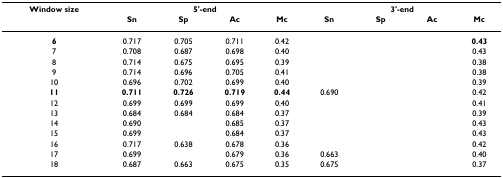
<table><thead><tr><td><b>Window size</b></td><td colspan="4"><b>5'-end</b></td><td colspan="4"><b>3'-end</b></td></tr><tr><td>[EMPTY_CELL]</td><td><b>Sn</b></td><td><b>Sp</b></td><td><b>Ac</b></td><td><b>Mc</b></td><td><b>Sn</b></td><td><b>Sp</b></td><td><b>Ac</b></td><td><b>Mc</b></td></tr></thead><tbody><tr><td><b>6</b></td><td>0.717</td><td>0.705</td><td>0.711</td><td>0.42</td><td>[EMPTY_CELL]</td><td>[EMPTY_CELL]</td><td>[EMPTY_CELL]</td><td><b>0.43</b></td></tr><tr><td>7</td><td>0.708</td><td>0.687</td><td>0.698</td><td>0.40</td><td>[EMPTY_CELL]</td><td>[EMPTY_CELL]</td><td>[EMPTY_CELL]</td><td>0.43</td></tr><tr><td>8</td><td>0.714</td><td>0.675</td><td>0.695</td><td>0.39</td><td>[EMPTY_CELL]</td><td>[EMPTY_CELL]</td><td>[EMPTY_CELL]</td><td>0.38</td></tr><tr><td>9</td><td>0.714</td><td>0.696</td><td>0.705</td><td>0.41</td><td>[EMPTY_CELL]</td><td>[EMPTY_CELL]</td><td>[EMPTY_CELL]</td><td>0.38</td></tr><tr><td>10</td><td>0.696</td><td>0.702</td><td>0.699</td><td>0.40</td><td>[EMPTY_CELL]</td><td>[EMPTY_CELL]</td><td>[EMPTY_CELL]</td><td>0.39</td></tr><tr><td><b>11</b></td><td><b>0.711</b></td><td><b>0.726</b></td><td><b>0.719</b></td><td><b>0.44</b></td><td>0.690</td><td>[EMPTY_CELL]</td><td>[EMPTY_CELL]</td><td>0.42</td></tr><tr><td>12</td><td>0.699</td><td>0.699</td><td>0.699</td><td>0.40</td><td>[EMPTY_CELL]</td><td>[EMPTY_CELL]</td><td>[EMPTY_CELL]</td><td>0.41</td></tr><tr><td>13</td><td>0.684</td><td>0.684</td><td>0.684</td><td>0.37</td><td>[EMPTY_CELL]</td><td>[EMPTY_CELL]</td><td>[EMPTY_CELL]</td><td>0.39</td></tr><tr><td>14</td><td>0.690</td><td>[EMPTY_CELL]</td><td>0.685</td><td>0.37</td><td>[EMPTY_CELL]</td><td>[EMPTY_CELL]</td><td>[EMPTY_CELL]</td><td>0.43</td></tr><tr><td>15</td><td>0.699</td><td>[EMPTY_CELL]</td><td>0.684</td><td>0.37</td><td>[EMPTY_CELL]</td><td>[EMPTY_CELL]</td><td>[EMPTY_CELL]</td><td>0.43</td></tr><tr><td>16</td><td>0.717</td><td>0.638</td><td>0.678</td><td>0.36</td><td>[EMPTY_CELL]</td><td>[EMPTY_CELL]</td><td>[EMPTY_CELL]</td><td>0.42</td></tr><tr><td>17</td><td>0.699</td><td>[EMPTY_CELL]</td><td>0.679</td><td>0.36</td><td>0.663</td><td>[EMPTY_CELL]</td><td>[EMPTY_CELL]</td><td>0.40</td></tr><tr><td>18</td><td>0.687</td><td>0.663</td><td>0.675</td><td>0.35</td><td>0.675</td><td>[EMPTY_CELL]</td><td>[EMPTY_CELL]</td><td>0.37</td></tr></tbody></table>